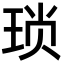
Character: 琐